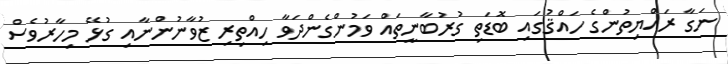
ނަގާ ރައްޔިތުންގެ ހައްޤުގައި ބޮޑަތި ގުރުބާނީތައް ވަމުންގެންދަވާ ހިއްތިރި ޒުވާނުންނާއި ގުޅޭ މިހާރުވެސް